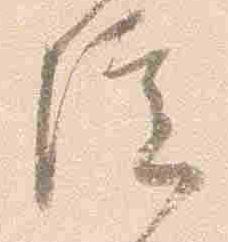
院